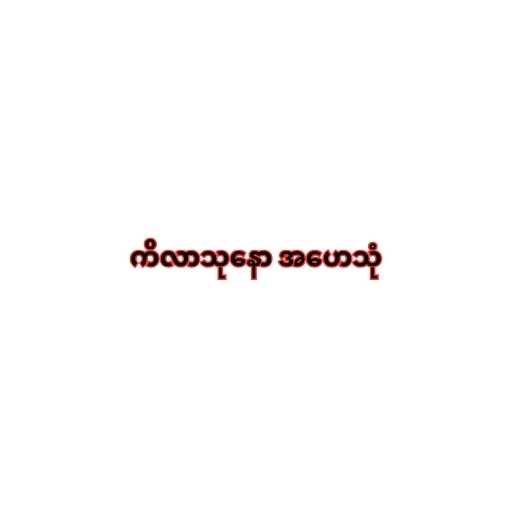
ကိလာသုနော အဟေသုံ